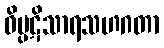
ဝိပ္ပဋိသာရသဟဂတာ